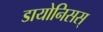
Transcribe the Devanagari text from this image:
डायोनिसस्